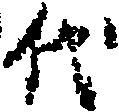
代